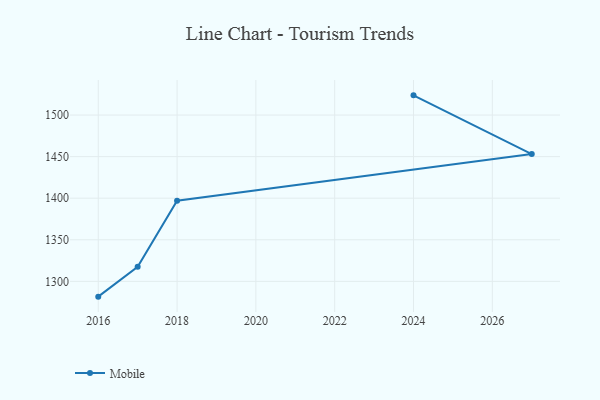
{"axis": {"x": "Year", "y": "Page Views"}, "legend": ["Mobile"], "data": [{"x": "2024", "y": 1523.7, "type": "Mobile"}, {"x": "2027", "y": 1453.1, "type": "Mobile"}, {"x": "2018", "y": 1397.0, "type": "Mobile"}, {"x": "2017", "y": 1317.6, "type": "Mobile"}, {"x": "2016", "y": 1281.6, "type": "Mobile"}]}